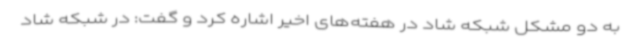
به دو مشکل شبکه شاد در هفته‌های اخیر اشاره کرد و گفت: در شبکه شاد